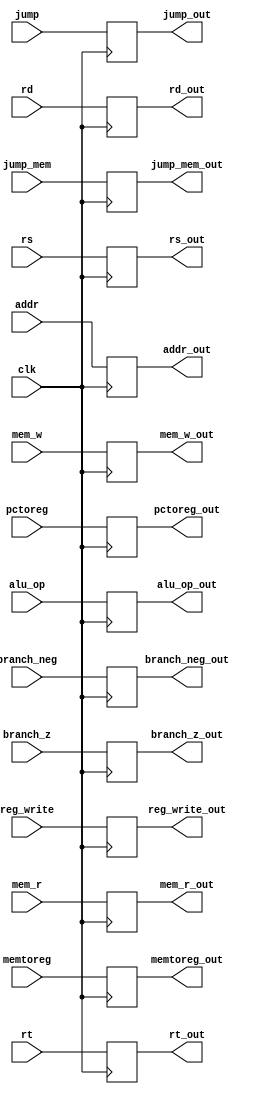
module idex(clk, rs, rt, addr, rd, alu_op, reg_write, branch_z, branch_neg, memtoreg, pctoreg, mem_r, mem_w, jump, jump_mem, rs_out, rt_out, addr_out, rd_out, alu_op_out, reg_write_out, branch_z_out, branch_neg_out, memtoreg_out, pctoreg_out, mem_r_out, mem_w_out, jump_out, jump_mem_out);

    //init inputs
    input clk;
    input [31:0] rs;
	input [31:0] rt;
	input [31:0] addr;
	input [5:0] rd;
	input [3:0] alu_op;

	input reg_write;
	input branch_z;
	input branch_neg;
	input memtoreg;
	input pctoreg;
	input mem_r;
	input mem_w;
	input jump;
	input jump_mem;

    //init outputs
    output reg [31:0] rs_out;
	output reg [31:0] rt_out;
	output reg [31:0] addr_out;
	output reg [5:0] rd_out;
	output reg [3:0] alu_op_out;

	output reg reg_write_out;
	output reg branch_z_out;
	output reg branch_neg_out;
	output reg memtoreg_out;
	output reg pctoreg_out;
	output reg mem_r_out;
	output reg mem_w_out;
	output reg jump_out;
	output reg jump_mem_out;

	always@(posedge clk)
    begin
    
		// assign outputs to corresponding inputs
		rs_out = rs;
		rt_out = rt;
		addr_out = addr;
		rd_out = rd;
		alu_op_out = alu_op;

		reg_write_out = reg_write;
		branch_z_out = branch_z;
		branch_neg_out = branch_neg;
		memtoreg_out = memtoreg;
		pctoreg_out = pctoreg;
		mem_r_out = mem_r;
		mem_w_out = mem_w;
		jump_out = jump;
		jump_mem_out = jump_mem;
    end

endmodule